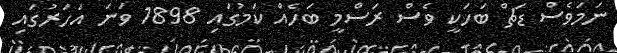
ނަމަވެސް ޑަޗް ބަހަކީ ވެސް ރަސްމީ ބަހެއް ކަމުގައިިި 1898 ވަނަ އަހަރުގައި